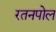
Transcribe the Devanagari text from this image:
रतनपोल